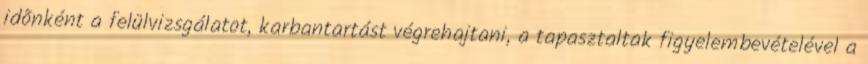
idõnként a felülvizsgálatot, karbantartást végrehajtani, a tapasztaltak figyelembevételével a